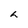
Character: h